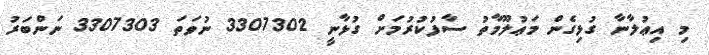
މި އިޢުލާނާ ގުޅިގެން މަޢުލޫމާތު ސާފުކުރުމަށް ގުޅާނީ 3307302 ނުވަތަ 3307303 ނަންބަރު